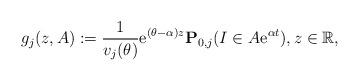
LaTeX: \begin{align*}g_j(z, A) : = \frac{1}{v_j(\theta)} {\rm e}^{(\theta-\alpha)z}\mathbf{P}_{0,j}(I \in A{\rm e}^{\alpha t}), z\in\mathbb{R},\end{align*}